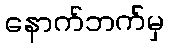
နောက်ဘက်မှ